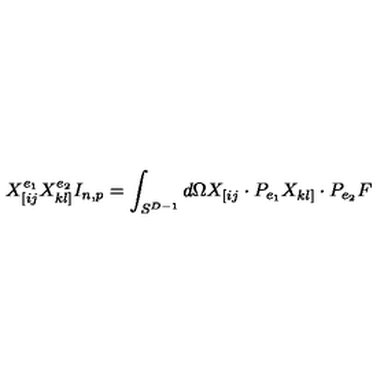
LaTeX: X _ { [ i j } ^ { e _ { 1 } } X _ { k l ] } ^ { e _ { 2 } } I _ { n , p } = \int _ { S ^ { D - 1 } } d \Omega X _ { [ i j } \cdot P _ { e _ { 1 } } X _ { k l ] } \cdot P _ { e _ { 2 } } F